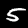
Label: 5